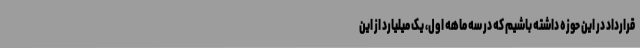
قرارداد در این حوزه داشته باشیم که در سه ماهه اول، یک میلیارد از این